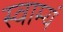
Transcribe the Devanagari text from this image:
स्वाम्यं